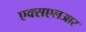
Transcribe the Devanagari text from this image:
एक्सएलआर